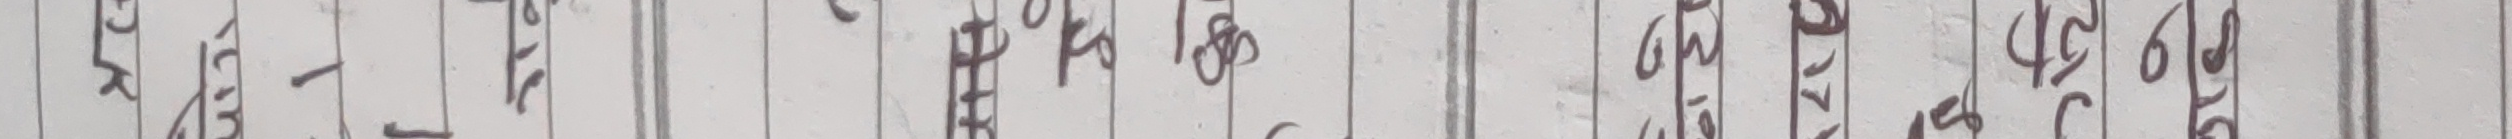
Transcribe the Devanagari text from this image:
पूर
सू
१
५
४
९
०
५
९
७
८
६
१
२
४
०
९
नं १
क
ख
ग
घ
ङ
च
छ
ज
झ
ञ
ट
ठ
ड
ढ
ण
त
नं २
का
खि
गे
घ
ना
चा
छा
जि
झि
ञ
टि
ठा
ड
ढि
णा
ति
नं ३
की
खो
गु
घे
नी
ची
छो
जु
झे
ञा
टी
ठो
डु
ढे
णी
ती
नं ४
कु
खु
गै
घो
नु
चु
छौ
जै
झो
ञि
टु
ठौ
डै
ढो
णु
तु
नं ५
कृ
खे
गौ
घृ
ने
चै
छौँ
जो
झौँ
ट्या
ठ्या
ड्या
ढ्या
ण्या
त्य